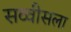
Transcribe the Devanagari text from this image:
सव्वीसला